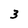
Character: 3